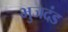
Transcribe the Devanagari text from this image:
भुजदंड